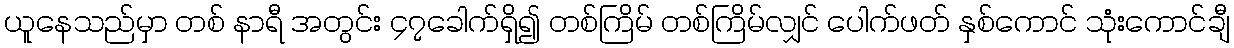
ယူနေသည်မှာ တစ် နာရီ အတွင်း ၄၇ခေါက်ရှိ၍ တစ်ကြိမ် တစ်ကြိမ်လျှင် ပေါက်ဖတ် နှစ်ကောင် သုံးကောင်ချီ